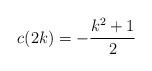
LaTeX: \begin{align*} c(2k)=-\frac{k^2+1}{2}\end{align*}